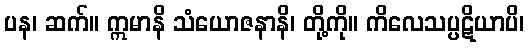
ပန၊ ဆက်။ ဣမာနိ သံယောဇနာနိ၊ တို့ကို။ ကိလေသပ္ပဋိယာပိ၊